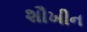
શૌખીન